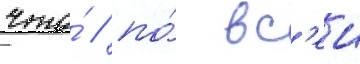
что́ / по́ вс'еи